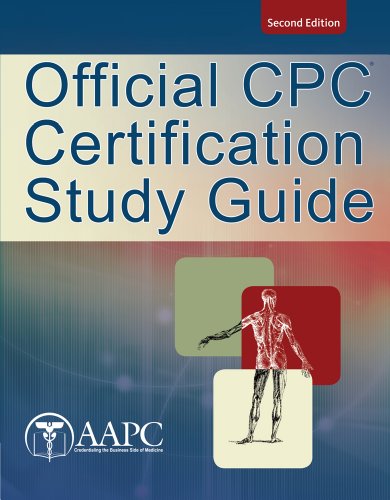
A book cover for Official CPC Certification Study Guide (Exam Review Guides); American Academy of Professional Coders; Business & Money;